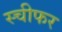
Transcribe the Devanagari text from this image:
स्चीफर